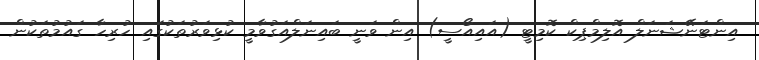
އިންޓަނޭޝަނަލް އޮލިމްޕިކް ކޮމިޓީ (އައިއޯސީ) އިން ވަނީ ބައިނަލްއަގުވާމީ ކުޅިވަރުތަކުގައި ހުރިހާ ގައުމުތަކުން